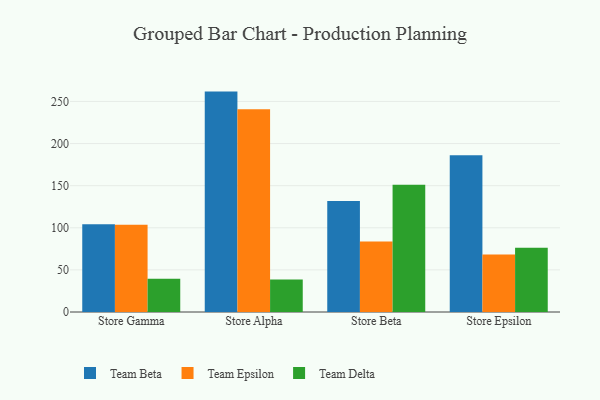
{"axis": {"x": "Store", "y": "Headcount"}, "legend": ["Team Beta", "Team Delta", "Team Epsilon"], "data": [{"x": "Store Gamma", "y": 104.1, "type": "Team Beta"}, {"x": "Store Gamma", "y": 103.7, "type": "Team Epsilon"}, {"x": "Store Gamma", "y": 39.4, "type": "Team Delta"}, {"x": "Store Alpha", "y": 261.7, "type": "Team Beta"}, {"x": "Store Alpha", "y": 240.8, "type": "Team Epsilon"}, {"x": "Store Alpha", "y": 38.6, "type": "Team Delta"}, {"x": "Store Beta", "y": 131.8, "type": "Team Beta"}, {"x": "Store Beta", "y": 83.7, "type": "Team Epsilon"}, {"x": "Store Beta", "y": 151.2, "type": "Team Delta"}, {"x": "Store Epsilon", "y": 186.2, "type": "Team Beta"}, {"x": "Store Epsilon", "y": 68.3, "type": "Team Epsilon"}, {"x": "Store Epsilon", "y": 76.2, "type": "Team Delta"}]}